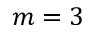
m = 3